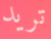
تريد